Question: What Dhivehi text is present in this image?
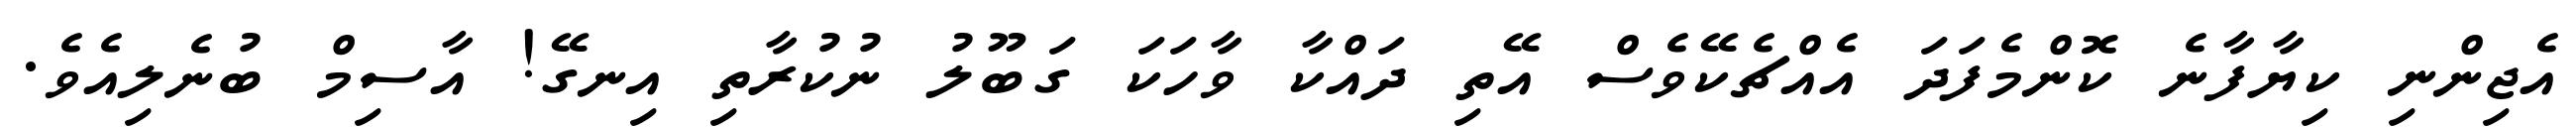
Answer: އެޖިންނި ކިޔާފާނެ ކޮންމެފަދަ އެއްޗެކޭވެސް އޭތި ދައްކާ ވާހަކަ ގަބޫލު ނުކުރާތި އިނގޭ! އާސިމް ބުނެލިއެވެ.